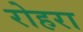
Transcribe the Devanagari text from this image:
रोहरा